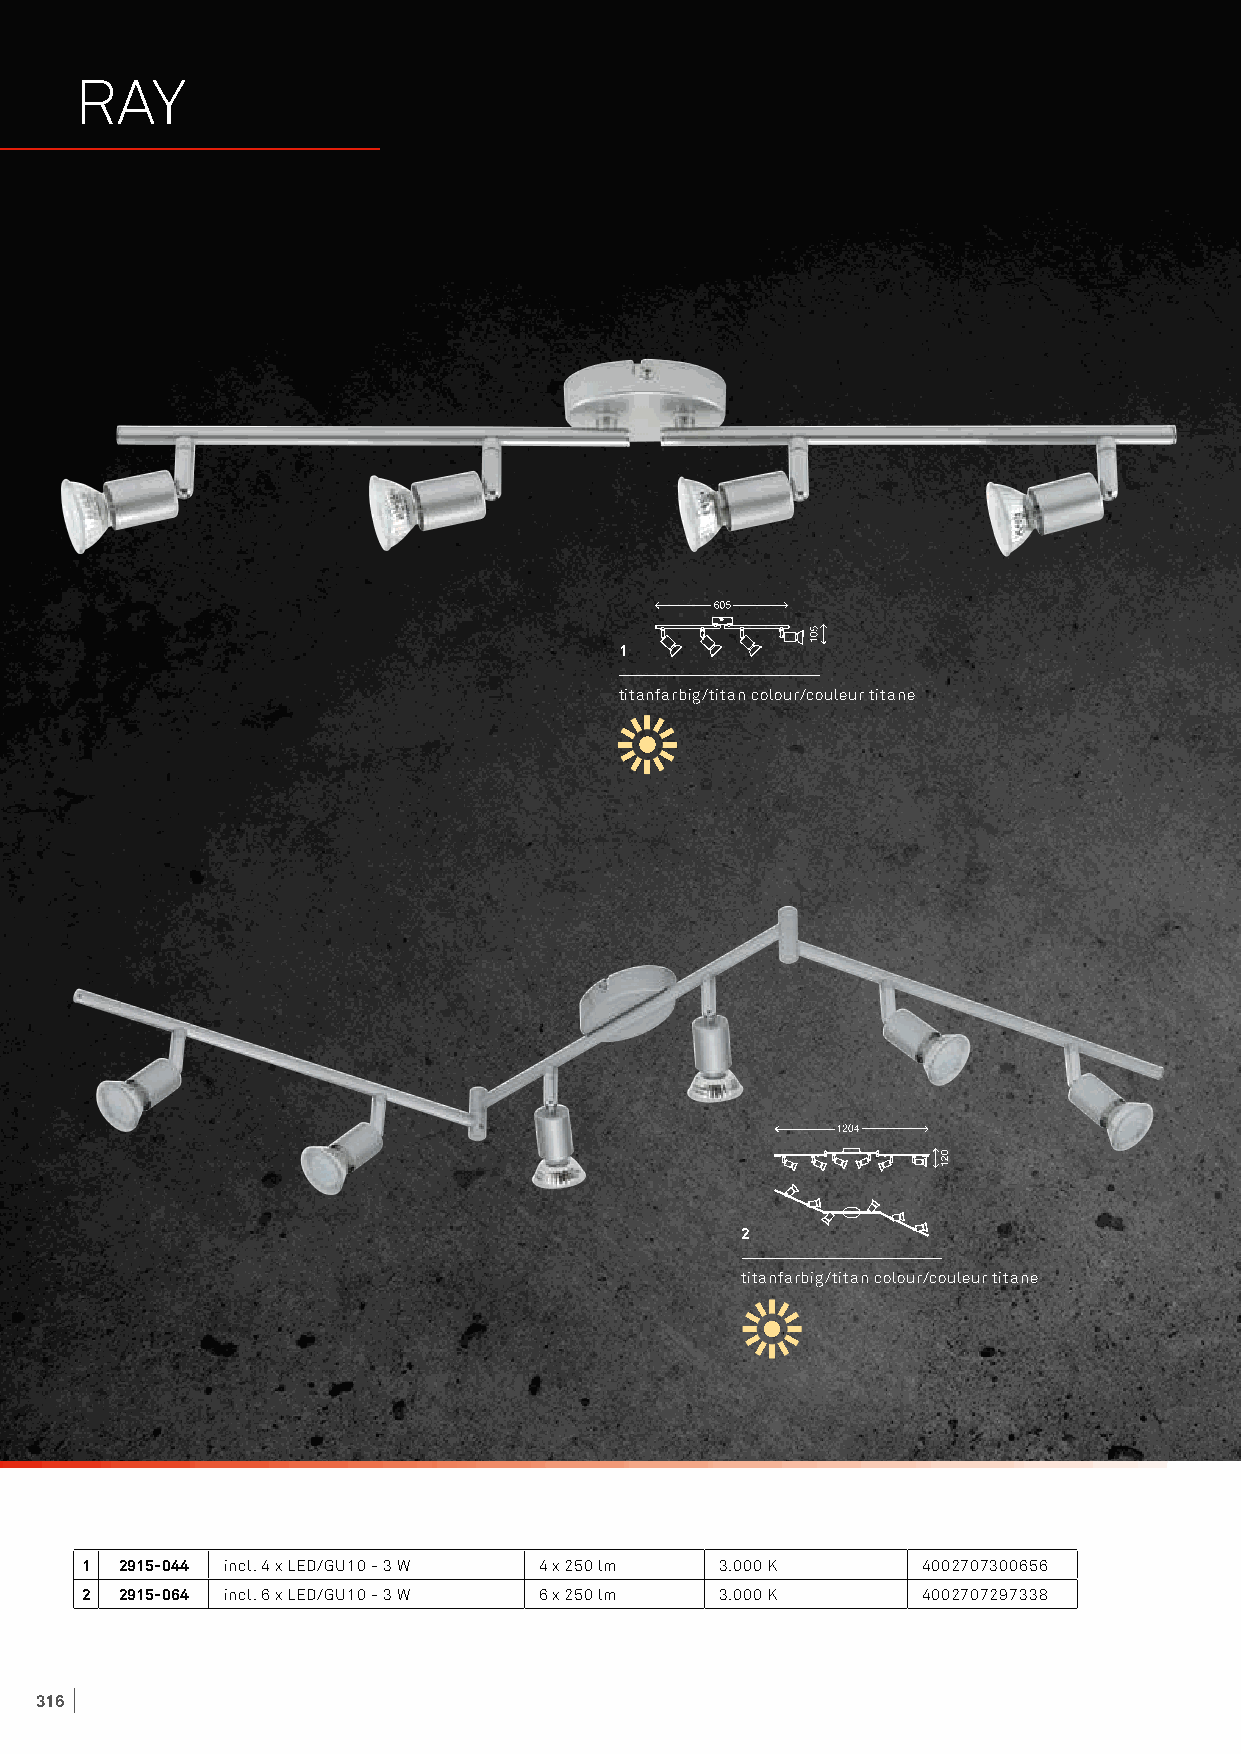
RAY
 1
 titanfarbig/titan colour/couleur titane
 2
 titanfarbig/titan colour/couleur titane
 1  2915-044 incl. 4 x LED/GU10 - 3 W 4 x 250 lm 3.000 K 4002707300656
 2  2915-064 incl. 6 x LED/GU10 - 3 W 6 x 250 lm 3.000 K 4002707297338
 316